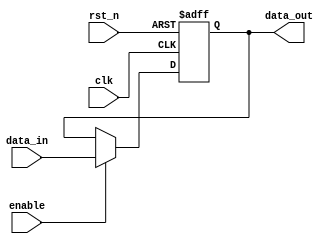
module memory_block (
    input wire clk,          // Clock input (active if enabled)
    input wire rst_n,       // Asynchronous reset (active low)
    input wire enable,      // Clock enable signal
    input wire [7:0] data_in, // Data input
    output wire [7:0] data_out // Data output
);
    reg [7:0] memory;       // Memory storage

    // Asynchronous reset
    always @(posedge clk or negedge rst_n) begin
        if (!rst_n)
            memory <= 8'b0; // Reset memory to 0
        else if (enable)
            memory <= data_in; // Write to memory when enabled
    end

    // Output data
    assign data_out = memory; 

endmodule